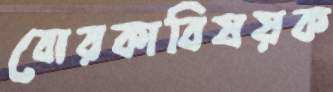
বোরকাবিষয়ক